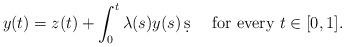
LaTeX: \begin{align*}y(t)=z(t)+\int_0^t\lambda(s)y(s)\,\d s\quad\mbox{ for every }t\in[0,1].\end{align*}